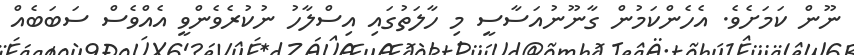
ނޫން ކަމަށެވެ. އެހެންކަމުން ގާނޫނުއަސާސީ މި ހާލަތުގައި އިސްލާހު ނުކުރެވެންވީ އެއްވެސް ސަބަބެއް